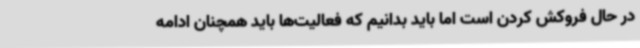
در حال فروکش کردن است اما باید بدانیم که فعالیت‌ها باید همچنان ادامه